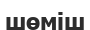
шөміш